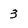
Character: 3